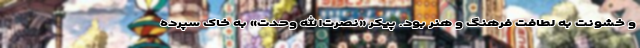
و خشونت به لطافت فرهنگ و هنر بود. پیکر «نصرت‌الله وحدت» به خاک سپرده